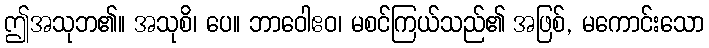
ဤအသုဘ၏။ အသုစိ၊ ပေ။ ဘာဝေါဧဝ၊ မစင်ကြယ်သည်၏ အဖြစ်, မကောင်းသော